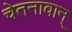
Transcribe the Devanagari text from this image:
चेतनावान्‌